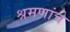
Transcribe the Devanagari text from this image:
श्रमणांचे